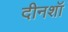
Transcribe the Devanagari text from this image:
दीनशॉ